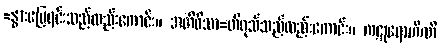
=နွားမြေရင်းသည်လည်းကောင်း။ အတိဝိသာ=တိဝုသ်သည်လည်းကောင်း။ ကဋုရောဟိဏီ